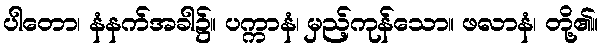
ပါတော၊ နံနက်အခါ၌။ ပက္ကာနံ၊ မှည့်ကုန်သော။ ဖလာနံ၊ တို့၏။